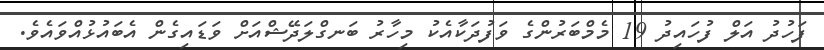
ފަހުދު އަލް ފުހައިދު 19 މެމްބަރުންގެ ވަފުދަކާއެކު މިހާރު ބަނގްލަދޭޝްއަށް ވަޑައިގެން އެބައުޅުއްވައެވެ.